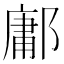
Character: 鄘